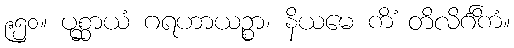
၉၅၀။ ပုစ္ဆာယံ ဂရဟာယဉ္စာ၊ နိယမေ ကိံ တိလိင်္ဂိကံ။